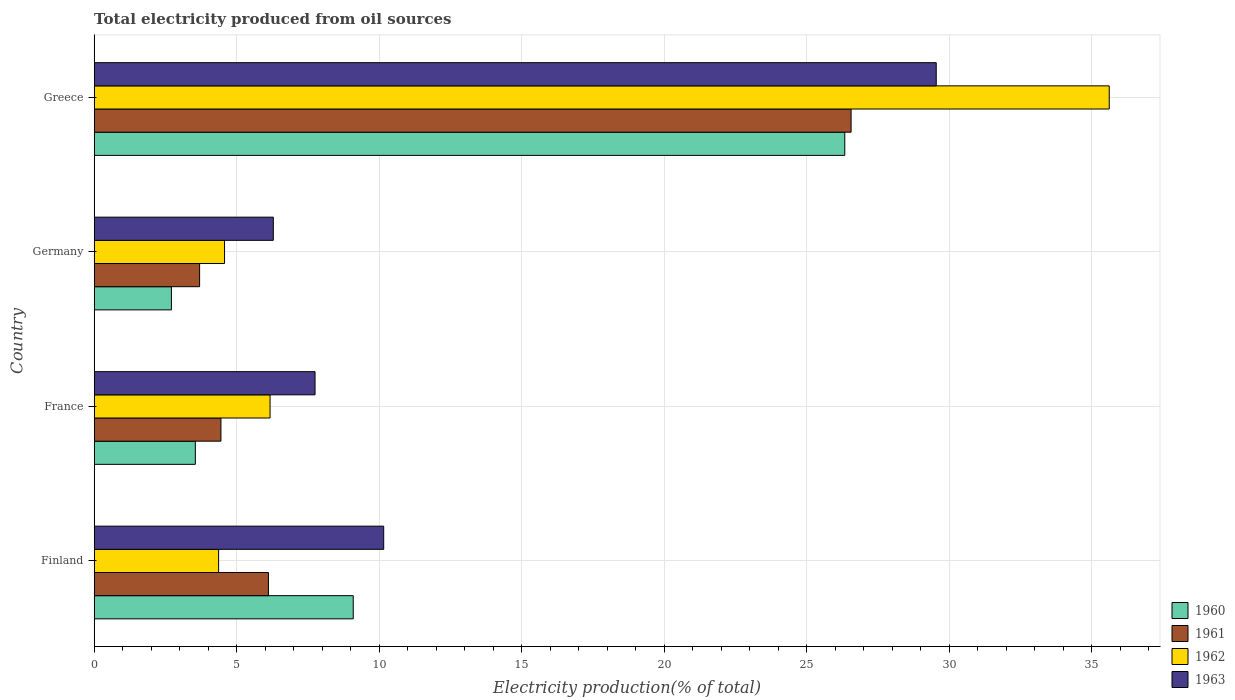
| Country | 1960 | 1961 | 1962 | 1963 |
 | --- | --- | --- | --- | --- |
 | Finland | 9.09 | 6.11 | 4.36 | 10.2 |
 | France | 3.55 | 4.45 | 6.17 | 7.75 |
 | Germany | 2.71 | 3.7 | 4.57 | 6.28 |
 | Greece | 26.3 | 26.6 | 35.6 | 29.5 |